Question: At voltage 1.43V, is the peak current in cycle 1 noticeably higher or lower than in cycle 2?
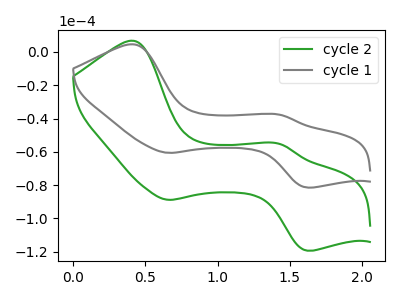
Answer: <think>The green curve "cycle 2" has anodic peaks at (0.40V, 6.65uA) (1.45V, -55.25uA) and cathodic peaks at (0.65V, -88.80uA) (1.60V, -119.35uA). The gray curve "cycle 1" has anodic peaks at (0.40V, 4.55uA) (1.45V, -37.70uA) and cathodic peaks at (0.65V, -60.60uA) (1.60V, -81.45uA).</think>
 <answer>The peak at 1.43V is higher in "cycle 1" than in "cycle 2".</answer>
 <eval>higher</eval>